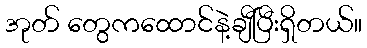
အုတ် တွေကထောင်နဲ့ချီပြီးရှိတယ်။